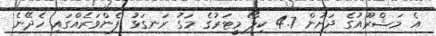
އެ މަޝްރޫއުގެ ދަށުން 4.7 ކިލޯ މީޓަރުގެ މަގު ރަނގަޅު ފެންވަރެއްގައި ހެދޭނެ